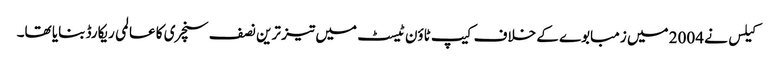
کیلس نے 2004 میں زمبابوے کے خلاف کیپ ٹاؤن ٹیسٹ میں تیز ترین نصف سنچری کا عالمی ریکارڈ بنایا تھا۔